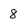
Character: 8